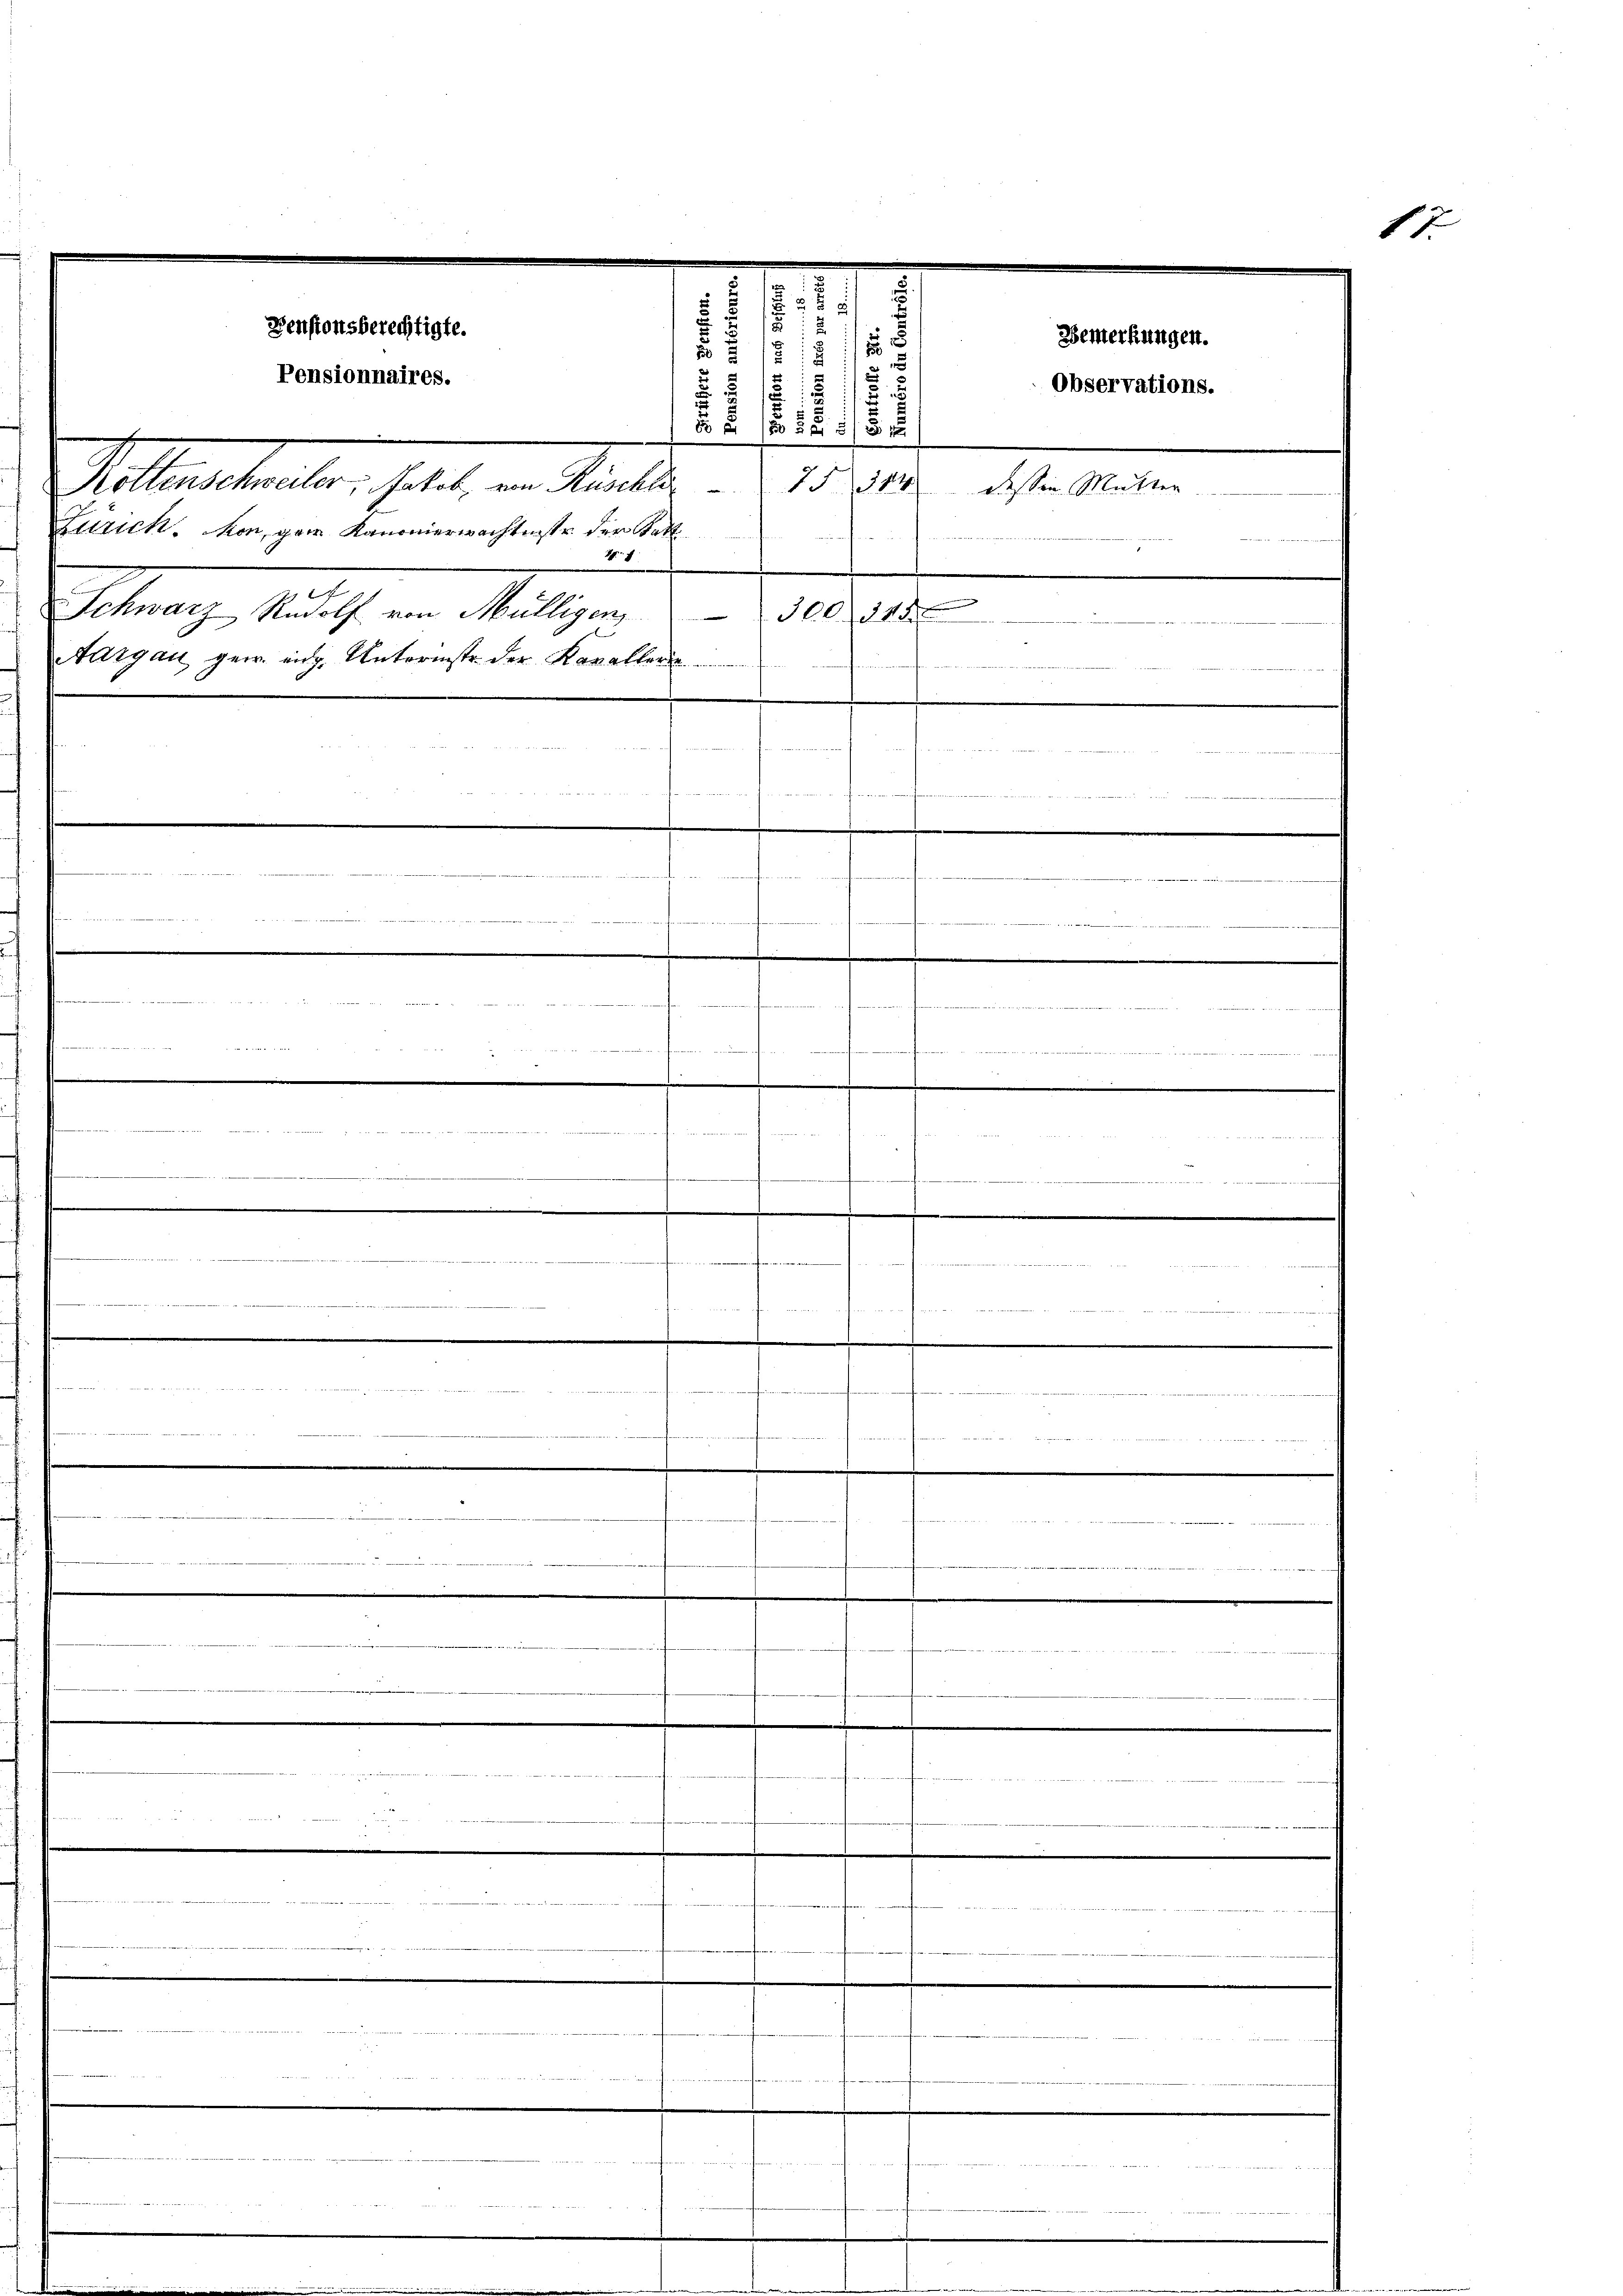
5
152
Pensionsberechtigte.
1
Pensionnaires.
N 5f 55 x
Mottartetenten, die in Winter
Zürich. Von gern Kanonierwächtesse der Satt
27.
.
Schwarz Rudolf von Mülligen,
300144

Aargau, gerr. eidg. Unterieste der Kavallerie
.
fe un
S
t
t

dch mit der

1
 2
4 x

.

eien den in er in werdenten hattete der den und |
 xxx

sonnen, alle man meinder werden

o. Seite

2
8

7144

Bemerkungen.
Observations.
dessen Mutter

andenen

2

f
et sei
rdammann in

n

unden

17